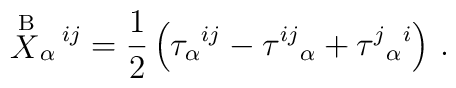
\stackrel{{\rm B}}{X}_\alpha{}^{\!ij}= \frac{1}{2} \left( \tau_\alpha{}^{ij}-  \tau^{ij}{}_\alpha + \tau^j{}_\alpha{}^i \right) \,.